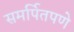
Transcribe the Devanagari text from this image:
समर्पितपणे